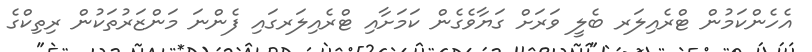
އެހެންކަމުން ޓްރެއިލަރ ބެލީ ވަރަށް ގަޔާވެގެން ކަމަށާއި ޓްރެއިލަރގައި ފެންނަ މަންޒަރުތަކުން ރިތިކްގެ